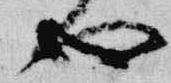
也